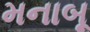
મનાબૂ